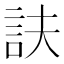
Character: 𧥱